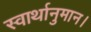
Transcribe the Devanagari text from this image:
स्वार्थानुमान।